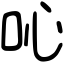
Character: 吣